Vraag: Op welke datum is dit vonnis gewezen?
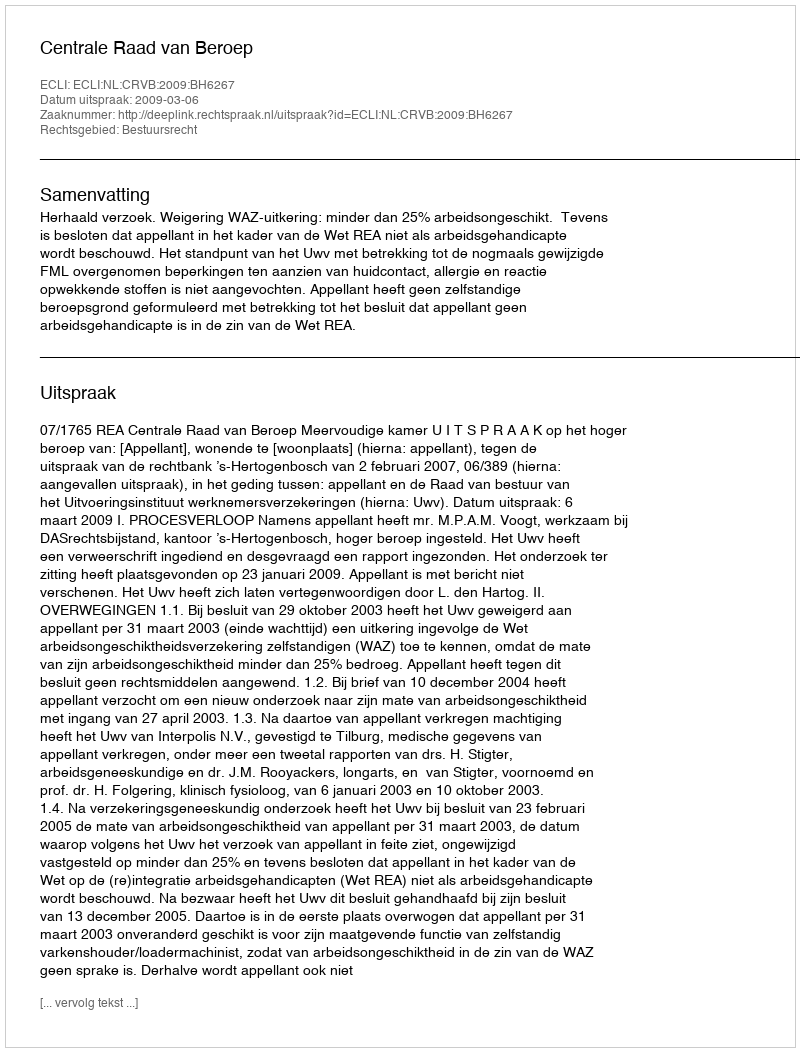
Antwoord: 2009-03-06